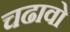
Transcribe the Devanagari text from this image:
चढावो